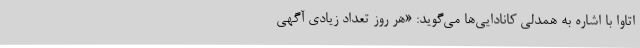
اتاوا با اشاره به همدلی کانادایی‌ها می‌گوید: «هر روز تعداد زیادی آگهی